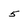
Character: 5